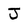
Character: J